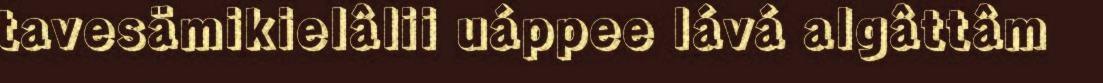
tavesämikielâlii uáppee lává algâttâm